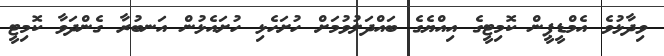
ވިދާޅުވެ އެމްޑީޕީން ކޮމިޓީގެ އިއްޔެގެ ބައްދަލުވުމަށް ހުށަހެޅި ހުށައެޅުން އަނބުރާ ގެންދަވާ ކޮމިޓީ